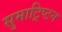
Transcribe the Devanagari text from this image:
सुमाट्रिप्टन